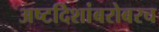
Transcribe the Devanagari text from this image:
अष्टदिशांबरोबरच